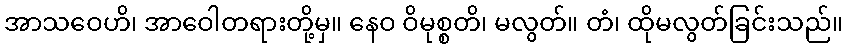
အာသဝေဟိ၊ အာဝေါတရားတို့မှ။ နေဝ ဝိမုစ္စတိ၊ မလွတ်။ တံ၊ ထိုမလွတ်ခြင်းသည်။